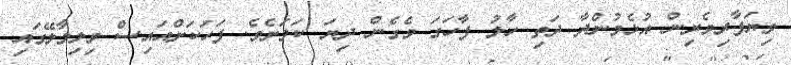
ވިޔަފާރިވެރިން އުޅެމުންދާ ދަތި ހާލު ފާހަގަ ވެގެން ދިޔަ ކަމަށެވެ. ފަހަކަށްއައިސް ވިލިމާލޭގައި